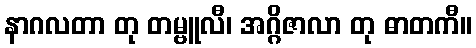
နာဂလတာ တု တမ္ဗူလီ၊ အဂ္ဂိဇာလာ တု ဓာတကီ။